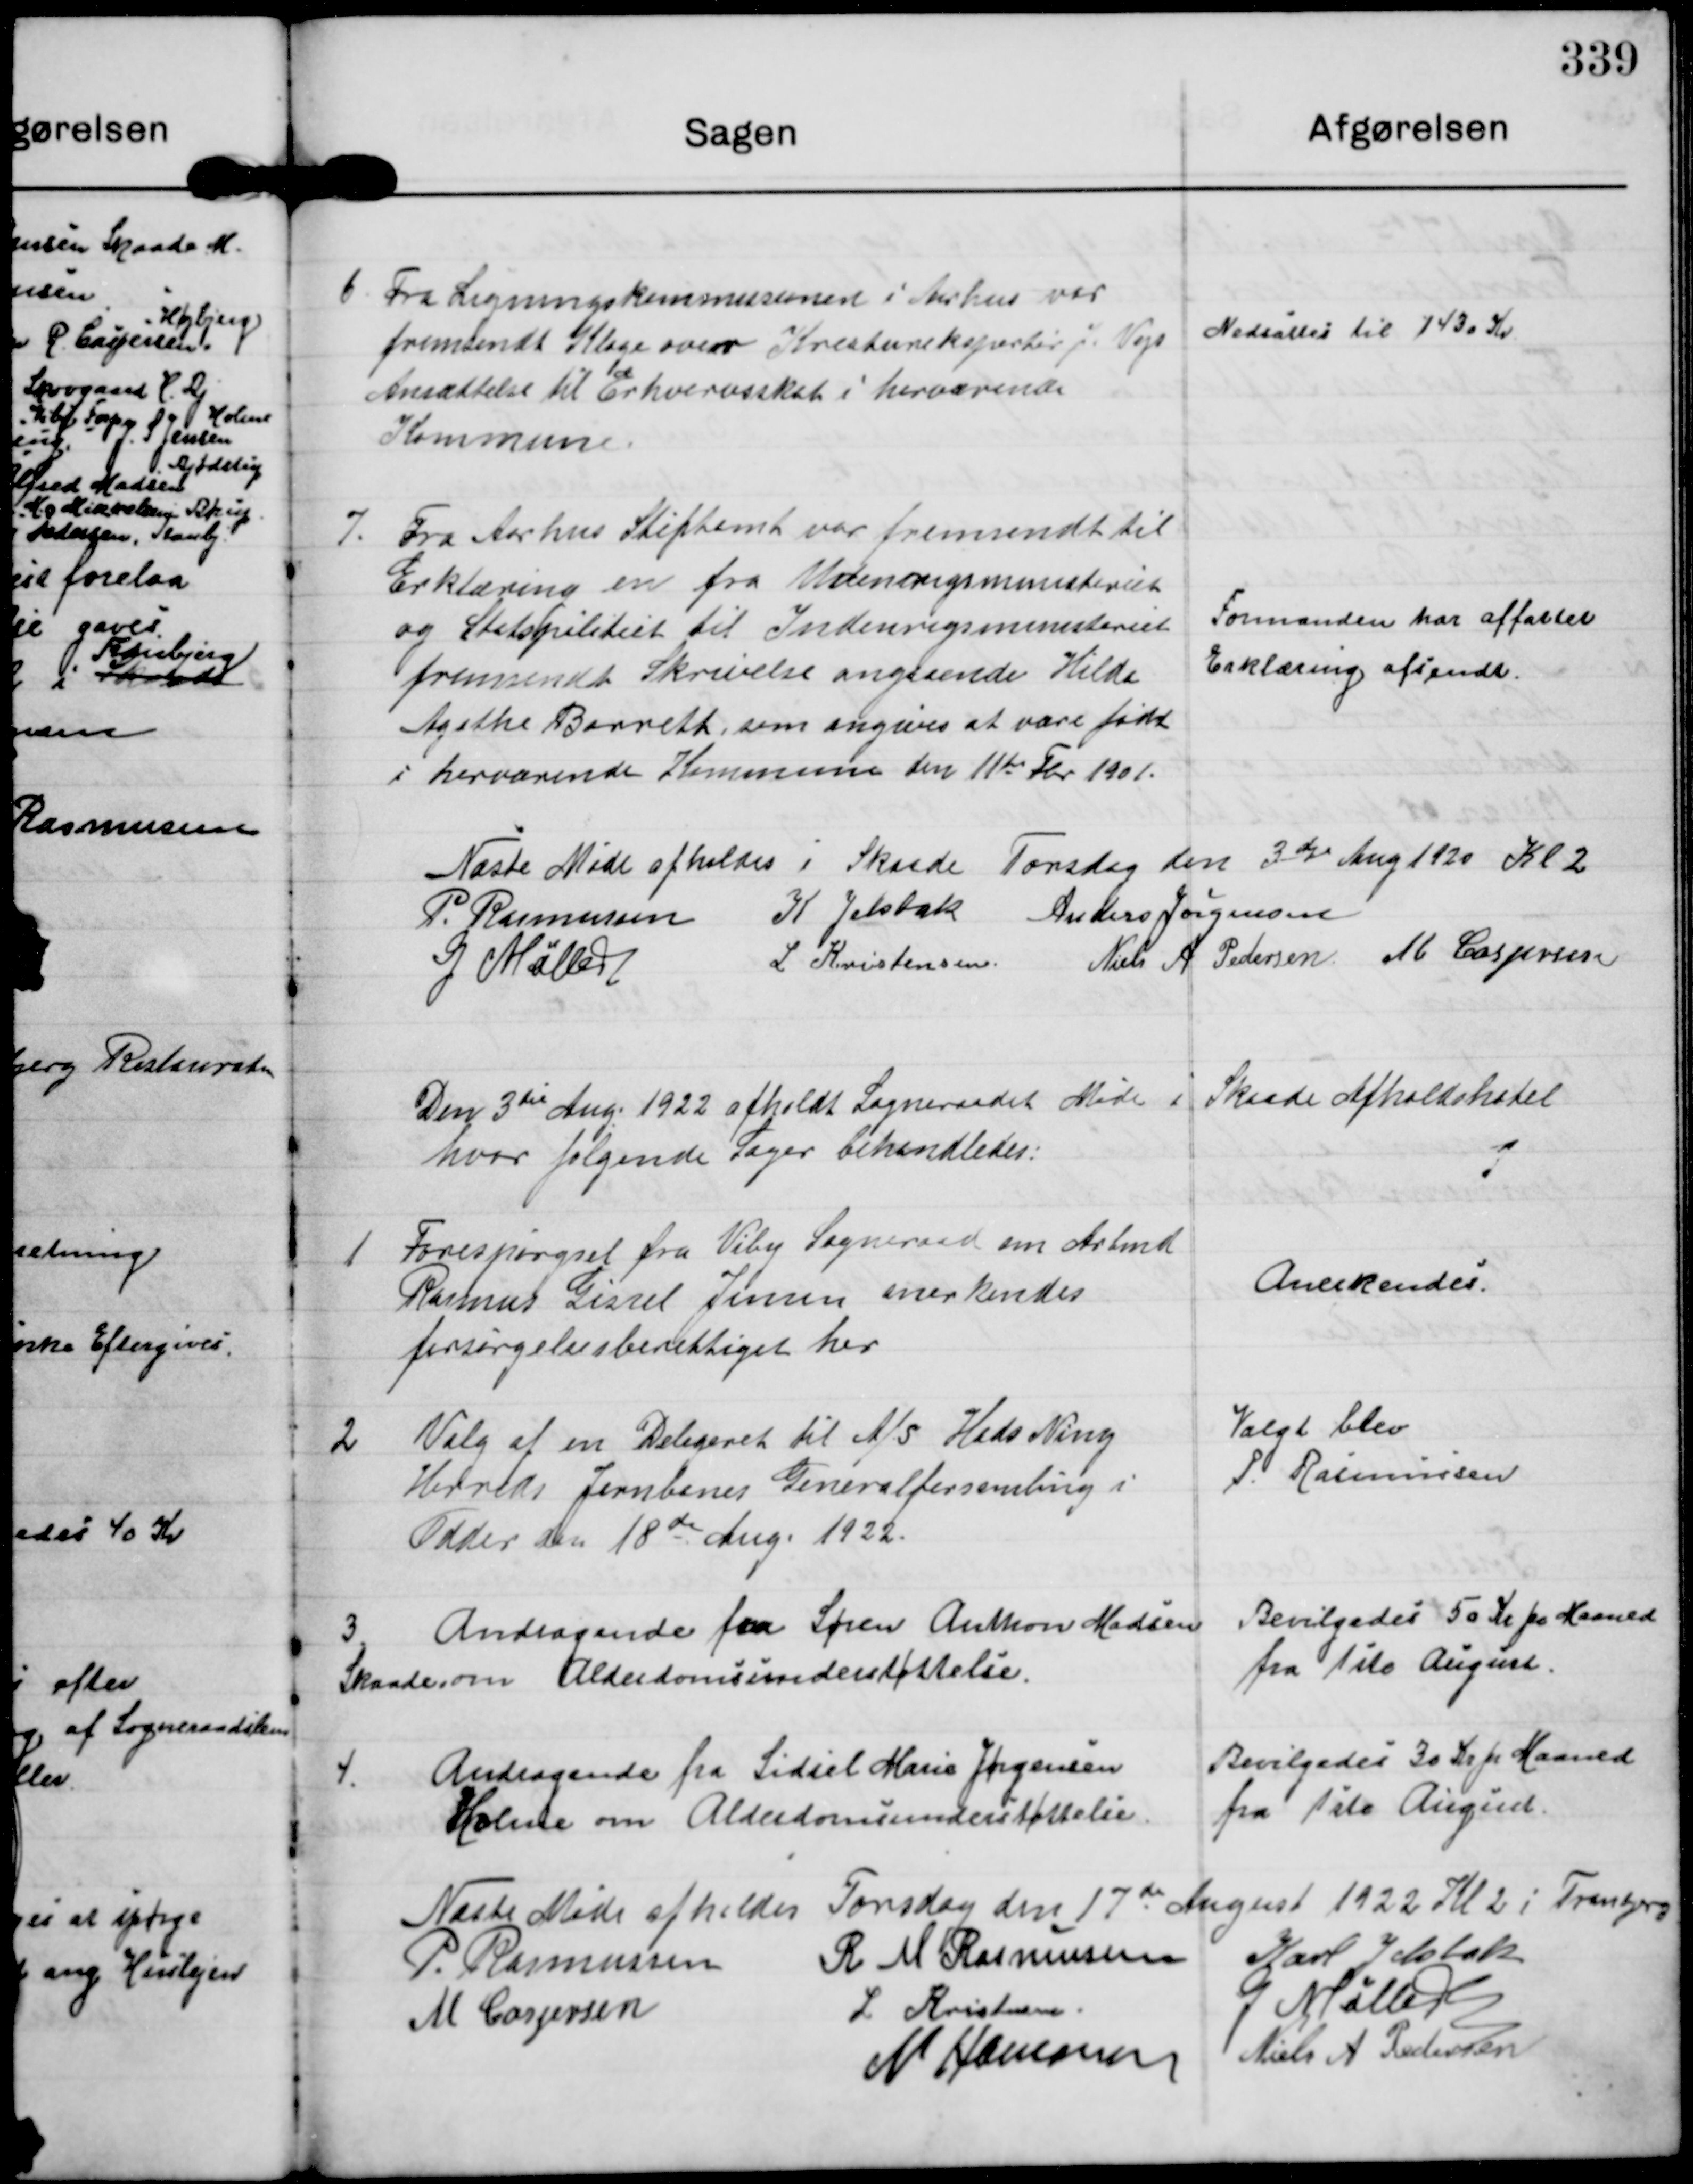
Transskription:
6 Fra Ligningskommissionen i Aarhus var
fremsendt Klage over Kreatureksportør J. Vejs
Ansættelse til Erhvervsskat i herværende
Kommune.

Nedsattes til 1430 Kr.

7. Fra Aarhus Stiftamt var fremsendt til
Erklæring en fra Udenrigsministeriet
og Statspolitiet til Indenrigsministeriet
fremsendt Skrivelse angaaende Hilde
Agathe Barreth som angives at være født
i herværende Kommune den 11te Fbr 1901.

Formanden har affattet
Erklæring afsendt.

Næste Møde afholdes i Skaade Torsdag den 3die Aug 1920 Kl 2

P. Rasmussen K Jelsbak Anders Jørgensen
G Møller  L Kristensen Niels A. Pedersen M Caspersen

Den 3die Aug. 1922 afholdt Sogneraadet Møde i Skade Afholdshotel
hvor følgende Sager behandledes.

1 Forespørgsel fra Viby Sogneraad om Arbmd
Rasmus Gissel Jensen anerkendes
forsørgelsesberettiget her

Anerkendes.

2 Valg af en Delegeret til A/S Hads Ning
Herreds Jernbanes Generalforsamling i
Odder den 18de Aug. 1922.

Valgt blev
P. Rasmussen

3 Andragende fra Søren Anthon Madsen
Skaade om Alderdomsunderstøttelse.

Bevilgedes 50 Kr pr Maaned
fra 1ste August.

4. Andragende fra Sidsel Marie Jørgensen
Holme om Alderdomsunderstøttelse.

Bevilgedes 30 Kr pr Maaned
fra 1ste August.

Næste Møde afholdes Torsdag den 17de August 1922 Kl 2 i Tranbjerg

P. Rasmussen R M Rasmussen Karl Jelsbak
M Caspersen L. Kristensen G Møller
N Hamann Niels A Pedersen